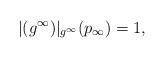
LaTeX: \begin{align*}|({g^\infty})|_{g^\infty}(p_\infty)=1,\end{align*}